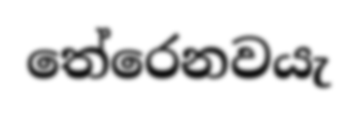
තේරෙනවයැ